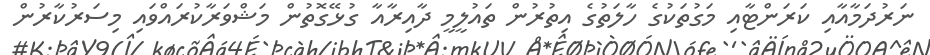
ނަރުދަމާއާއި ކަރަންޓާއި މަގުތަކުގެ ހާލަތުގެ އިތުރުން ތައުލީމީ ދާއިރާއާ ގުޅޭގޮތުން މަޝްވަރާކުރައްވައި މިސަރުކާރުން